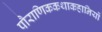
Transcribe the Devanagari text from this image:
पौराणिककथाकहानियों